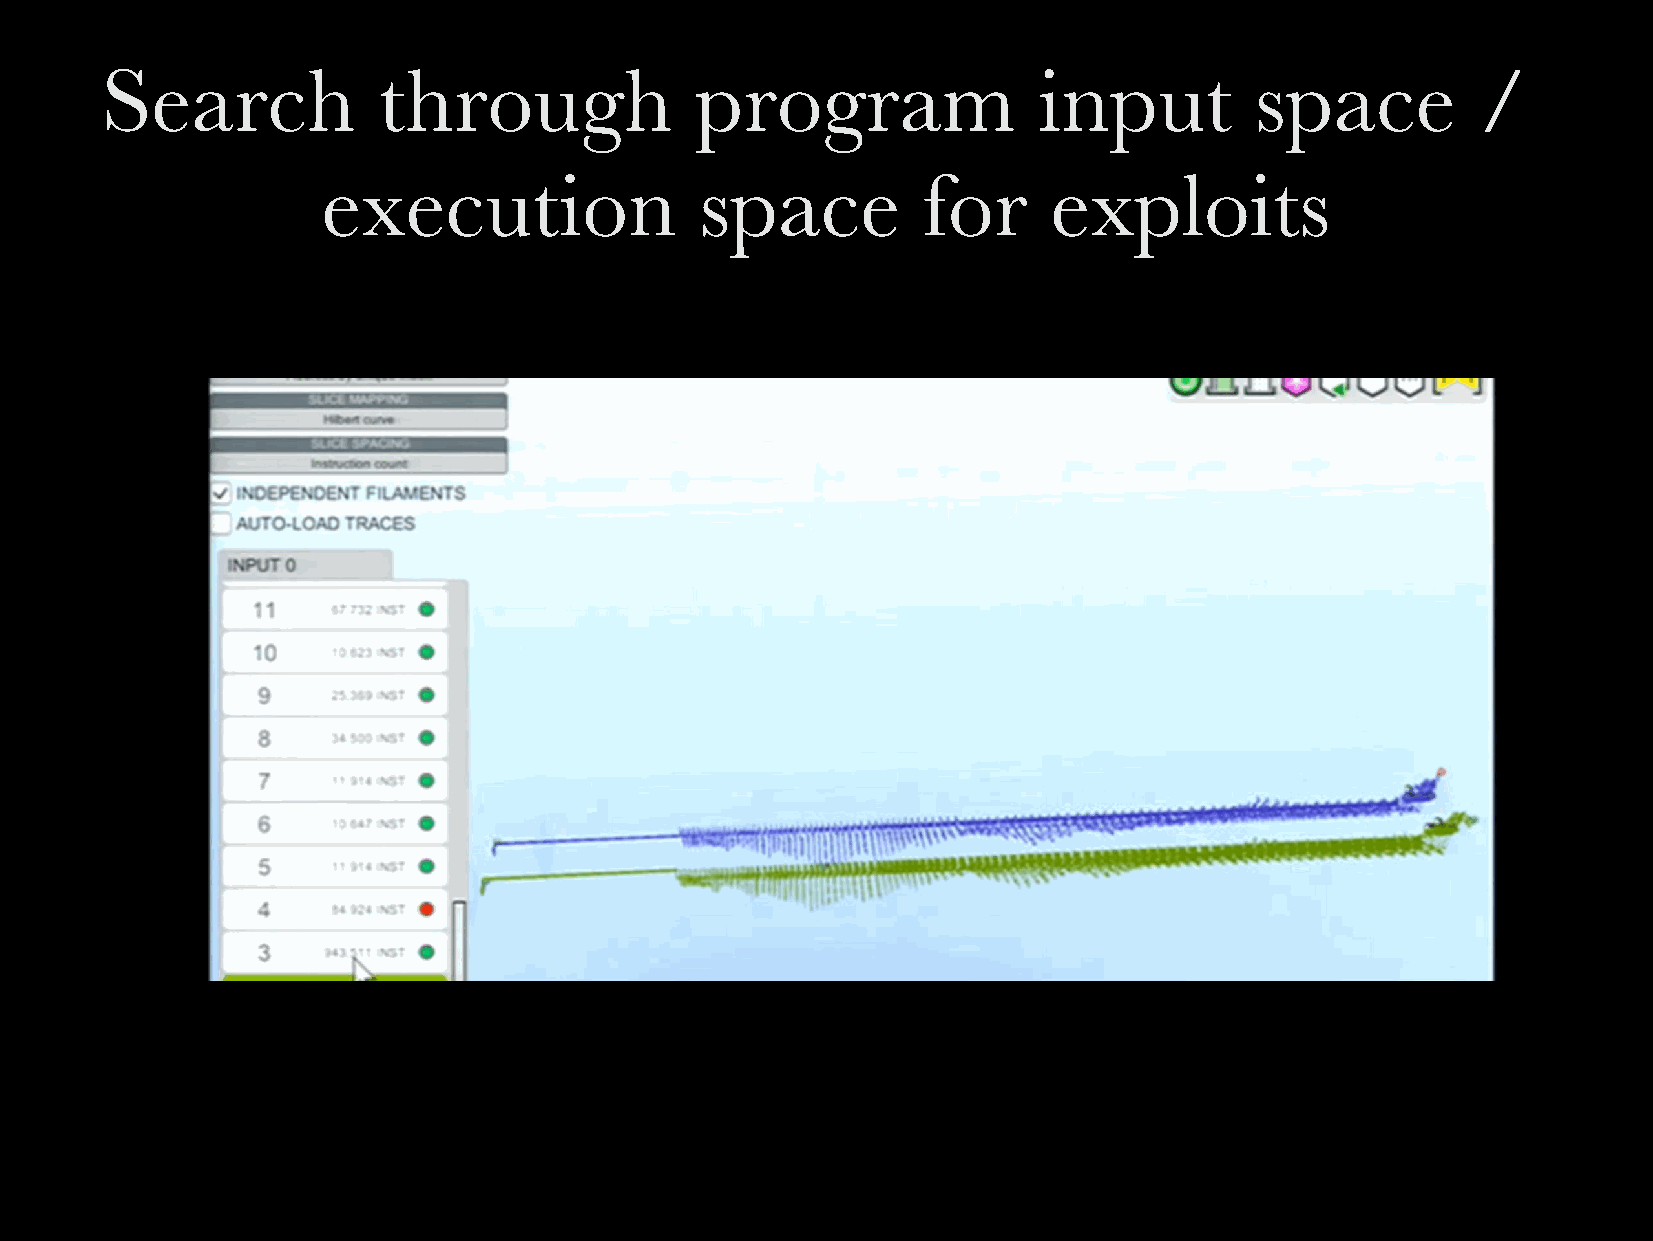
Search            through              program                input         space          /
 execution                space          for      exploits